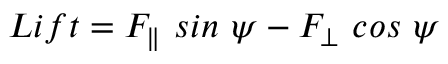
L i f t = F _ { \parallel } \ s i n \ \psi - F _ { \bot } \ c o s \ \psi